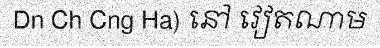
Dn Ch Cng Ha) នៅ វៀតណាម